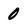
Character: 0